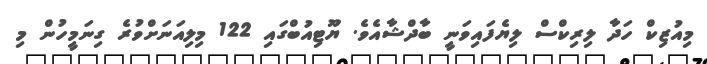
މިއުޒިކް ހަދާ ލިރިކްސް ލިޔެފައިވަނީ ބާދްޝާއެވެ. ޔޫޓިއުބްގައި 122 މިލިއަނަށްވުރެ ގިނަމީހުން މި